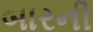
બારની